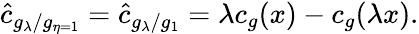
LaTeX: \hat{c}_{g_{\lambda}/g_{\eta=1}}=\hat{c}_{g_{\lambda}/g_{1}}=\lambda c_{g}(x)-c_{g}(\lambda x).